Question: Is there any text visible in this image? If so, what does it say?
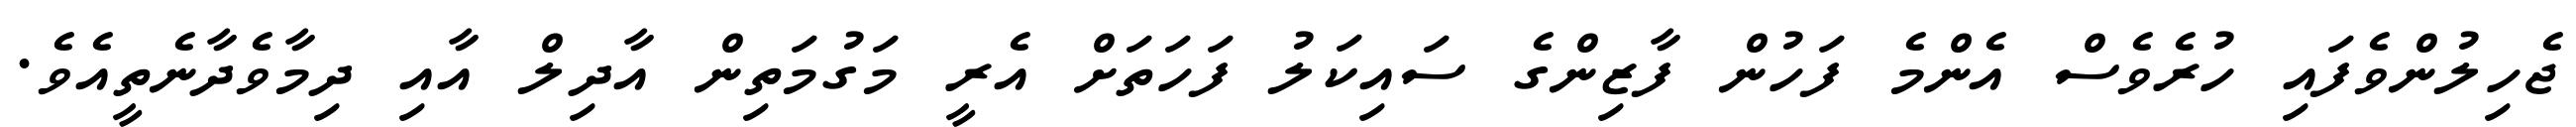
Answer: ޖެހިލުންވެފައި ހުރެވެސް އެންމެ ފަހުން ފާޒިންގެ ސައިކަލު ފަހަތަށް އެރީ މަގުމަތިން އާދިލް އާއި ދިމާވެދާނެތީއެވެ.